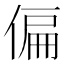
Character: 偏